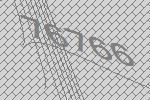
76766